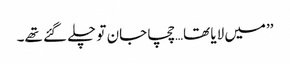
’’میں لایا تھا…چچا جان تو چلے گئے تھے۔